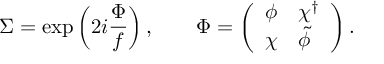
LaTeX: \Sigma = \exp \left( 2 i \frac { \Phi } { f } \right) , \qquad \Phi = \left( \begin{array} { l l } { { \phi } } & { { \chi ^ { \dagger } } } \\ { { \chi } } & { { \tilde { \phi } ~ } } \end{array} \right) .